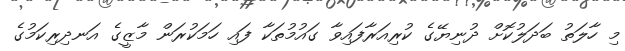
މި ހާލަތު ބަދަލުކޮށް ދުނިޔޭގެ ކުރިއަރާފައިވާ ގައުމުތަކާ ފައި ހަމަކުރަން މާޒީގެ އަނދިރިކަމުގެ